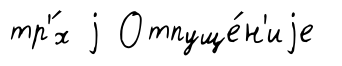
тр'́х j Отпуще́н'иjе